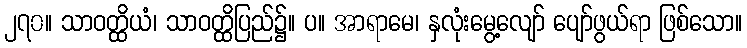
၂၇၀။ သာဝတ္ထိယံ၊ သာဝတ္ထိပြည်၌။ ပ။ အာရာမေ၊ နှလုံးမွေ့လျော် ပျော်ဖွယ်ရာ ဖြစ်သော။